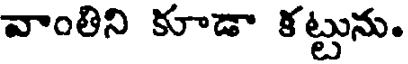
వాంతిని కూడా కట్టును.